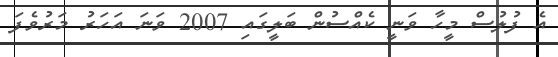
އެ ފުލުސް މީހާ ވަނީ ކެއްސުން ބަލީގައި 2007 ވަނަ އަހަރު މަރުވެފަ